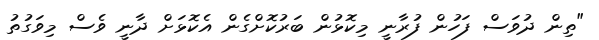
"ތިން ދުވަސް ފަހުން ފުރާނީ މިކޮޅުން ބަރުކޮށްގެން އެކޮޅަށް ދާނީ ވެސް މިވަގުތު